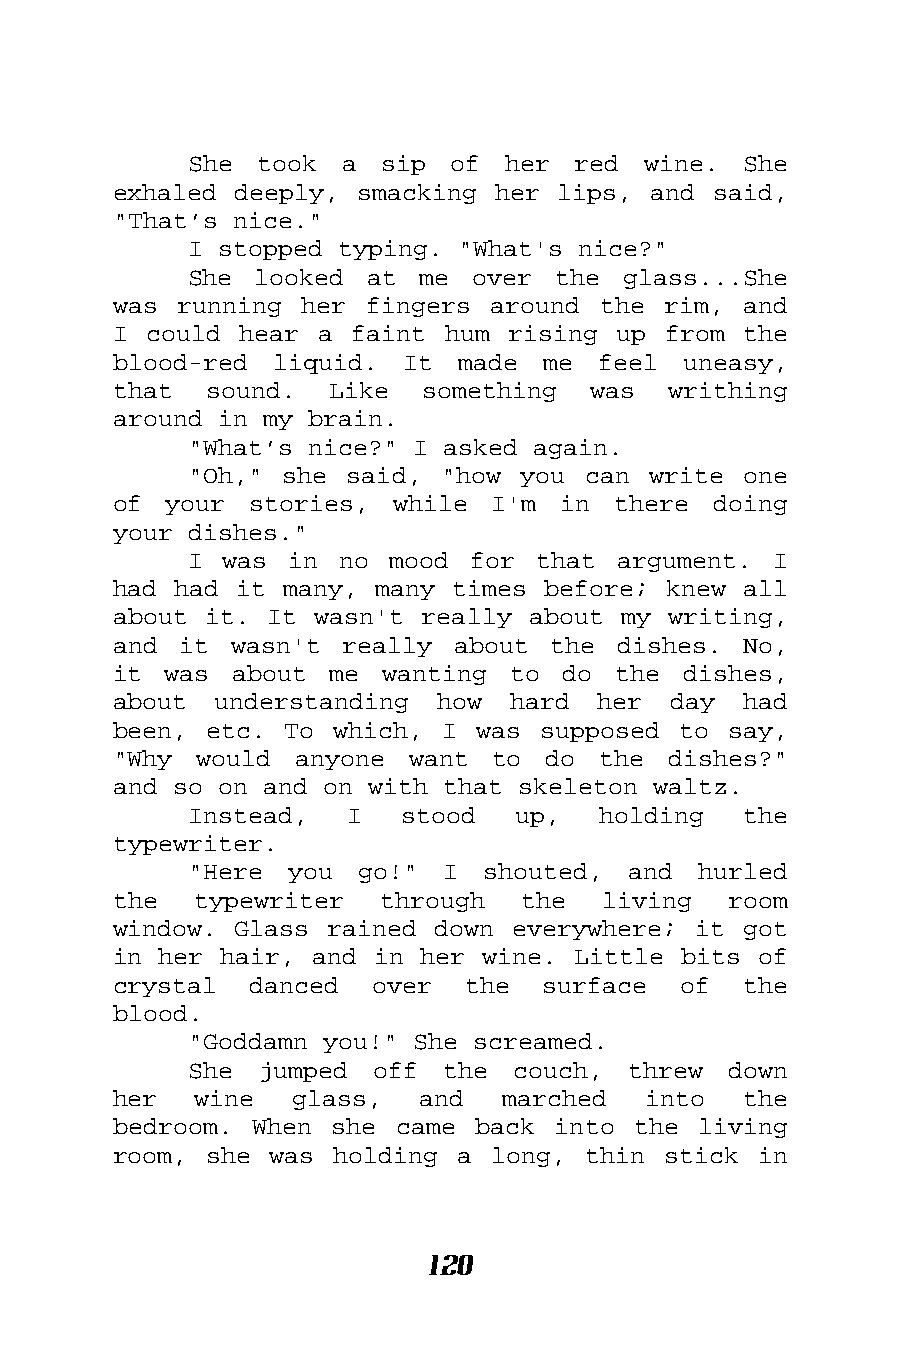
She took  a  sip of  her red  wine.  She
 exhaled deeply, smacking her lips, and  said,
 "That’s nice."
 I stopped typing. "What's nice?"
 She looked  at me  over the  glass...She
 was running her  fingers around the rim,  and
 I could hear a  faint hum rising up from  the
 blood-red liquid.  It  made me  feel  uneasy,
 that  sound.  Like  something  was   writhing
 around in my brain.
 "What’s nice?" I asked again.
 "Oh," she said,  "how you can write  one
 of your  stories, while  I'm in  there  doing
 your dishes."
 I was  in no mood  for that argument.  I
 had had it many, many times before; knew  all
 about it. It wasn't really about my  writing,
 and it  wasn't really about  the dishes.  No,
 it was  about me  wanting to  do the  dishes,
 about  understanding how  hard  her  day  had
 been, etc. To  which, I was supposed to  say,
 "Why would  anyone want  to  do the  dishes?"
 and so on and on with that skeleton waltz.
 Instead,  I   stood  up,   holding   the
 typewriter.
 "Here you  go!"  I shouted,  and  hurled
 the  typewriter   through  the  living   room
 window. Glass rained down everywhere; it  got
 in her hair, and in her wine. Little bits  of
 crystal  danced  over  the  surface  of   the
 blood.
 "Goddamn you!" She screamed.
 She jumped  off  the couch,  threw  down
 her  wine   glass,  and   marched  into   the
 bedroom. When she  came back into the  living
 room, she was  holding a long, thin stick  in
 120